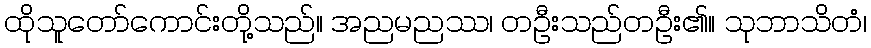
ထိုသူတော်ကောင်းတို့သည်။ အညမညဿ၊ တဦးသည်တဦး၏။ သုဘာသိတံ၊